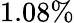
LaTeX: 1.08\%